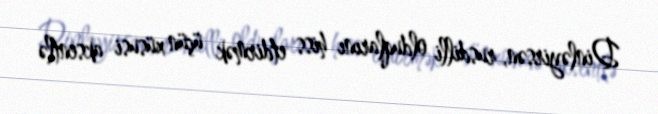
Dinləyirsən, rusdilli olduqlarını hiss etdirmək üçün xüsusi aksentlə